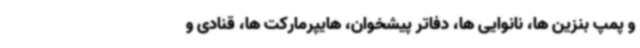
و پمپ بنزین ها، نانوایی ها، دفاتر پیشخوان، هایپرمارکت ها، قنادی و